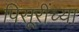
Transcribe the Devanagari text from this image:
पिसूरींच्या